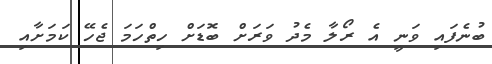
ބުނެފައި ވަނީ އެ ރޯލާ މެދު ވަރަށް ބޮޑަށް ހިތްހަމަ ޖެހޭ ކަމަށާއި